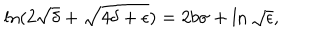
LaTeX: \ln ( 2 \sqrt { \delta } + \sqrt { 4 \delta + \epsilon } ) = 2 b \sigma + \ln \sqrt { \epsilon } ,